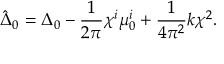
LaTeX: \hat { \Delta } _ { 0 } = \Delta _ { 0 } - \frac { 1 } { 2 \pi } \chi ^ { i } \mu _ { 0 } ^ { i } + \frac { 1 } { 4 \pi ^ { 2 } } k \chi ^ { 2 } .